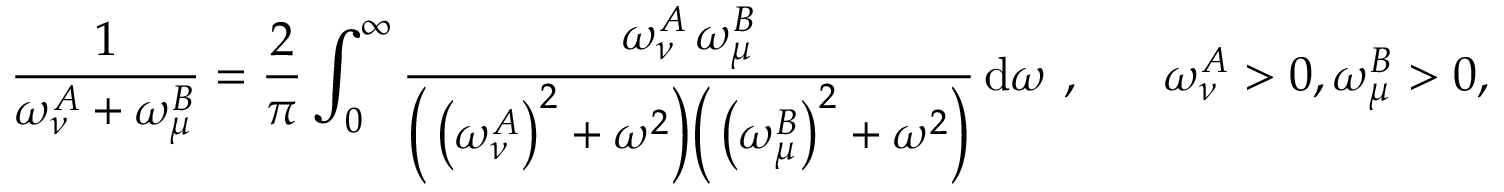
\frac { 1 } { \omega _ { \nu } ^ { A } + \omega _ { \mu } ^ { B } } = \frac { 2 } { \pi } \int _ { 0 } ^ { \infty } \frac { \omega _ { \nu } ^ { A } \, \omega _ { \mu } ^ { B } } { \Big ( \left( \omega _ { \nu } ^ { A } \right) ^ { 2 } + \omega ^ { 2 } \Big ) \Big ( \left( \omega _ { \mu } ^ { B } \right) ^ { 2 } + \omega ^ { 2 } \Big ) } \, \mathrm { d } \omega \ , \ \ \ \ \ \omega _ { \nu } ^ { A } > 0 , \omega _ { \mu } ^ { B } > 0 ,